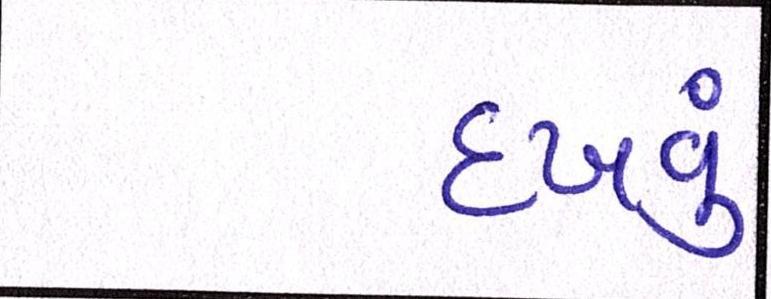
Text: દઃખવું